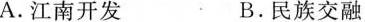
A.江南开发 B.民族交融